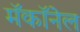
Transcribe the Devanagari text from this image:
मॅकॉनेल